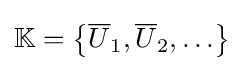
\mathbb {K} =\left\{{\overline {U}}_{1},{\overline {U}}_{2},\ldots \right\}